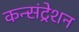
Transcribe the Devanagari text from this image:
कन्संट्रेशन